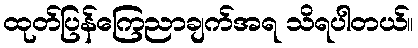
ထုတ်ပြန်ကြေညာချက်အရ သိရပါတယ်။